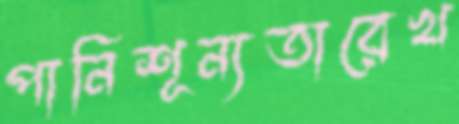
পানিশূন্যতারেখ